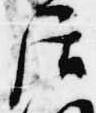
居